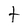
Character: t